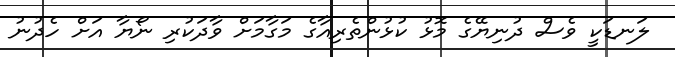
ލަނޑަކީ ވެސް ދުނިޔޭގެ މޮޅު ކުޅުންތެރިއާގެ މަގާމަށް ވާދަކުރި ނޯޔާ އަށް ހެދުނު